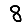
Digit: 8